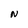
Character: N